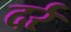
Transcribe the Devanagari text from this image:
दर्र